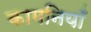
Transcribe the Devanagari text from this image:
कामनियाँ